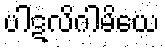
ပါဋလိဂါမိယေ